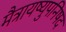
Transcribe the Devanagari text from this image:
मैत्रायष्युपनिषद